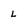
Character: L